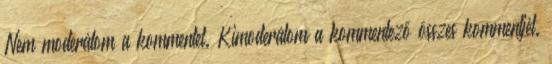
Nem moderálom a kommentet. Kimoderálom a kommentező összes kommentjét.